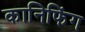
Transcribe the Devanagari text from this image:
कानिफिंग